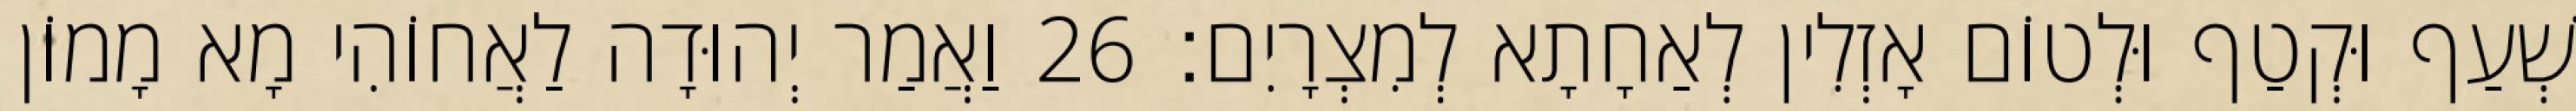
שְׁעַף וּקְטַף וּלְטוֹם אָזְלִין לְאַחָתָא לְמִצְרָיִם׃ 26 וַאֲמַר יְהוּדָה לַאֲחוֹהִי מָא מָמוֹן